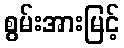
စွမ်းအားမြင့်